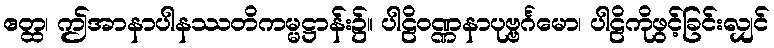
ဧတ္ထ၊ ဤအာနာပါနဿတိကမ္မဋ္ဌာန်း၌။ ပါဠိဝဏ္ဏနာပုဗ္ဗင်္ဂမော၊ ပါဠိကိုဖွင့်ခြင်းလျှင်